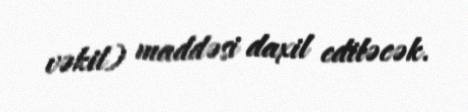
vəkil) maddəsi daxil ediləcək.